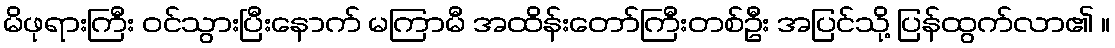
မိဖုရားကြီး ဝင်သွားပြီးနောက် မကြာမီ အထိန်းတော်ကြီးတစ်ဦး အပြင်သို့ ပြန်ထွက်လာ၏ ။